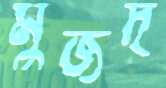
মুজদ